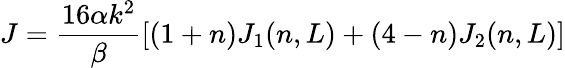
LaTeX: J=\frac{16\alpha k^{2}}{\beta}\left[(1+n)J_{1}(n,L)+(4-n)J_{2}(n,L)\right]